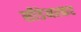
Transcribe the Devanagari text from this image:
सीडेमरकर